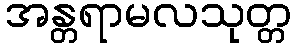
အန္တရာမလသုတ္တ